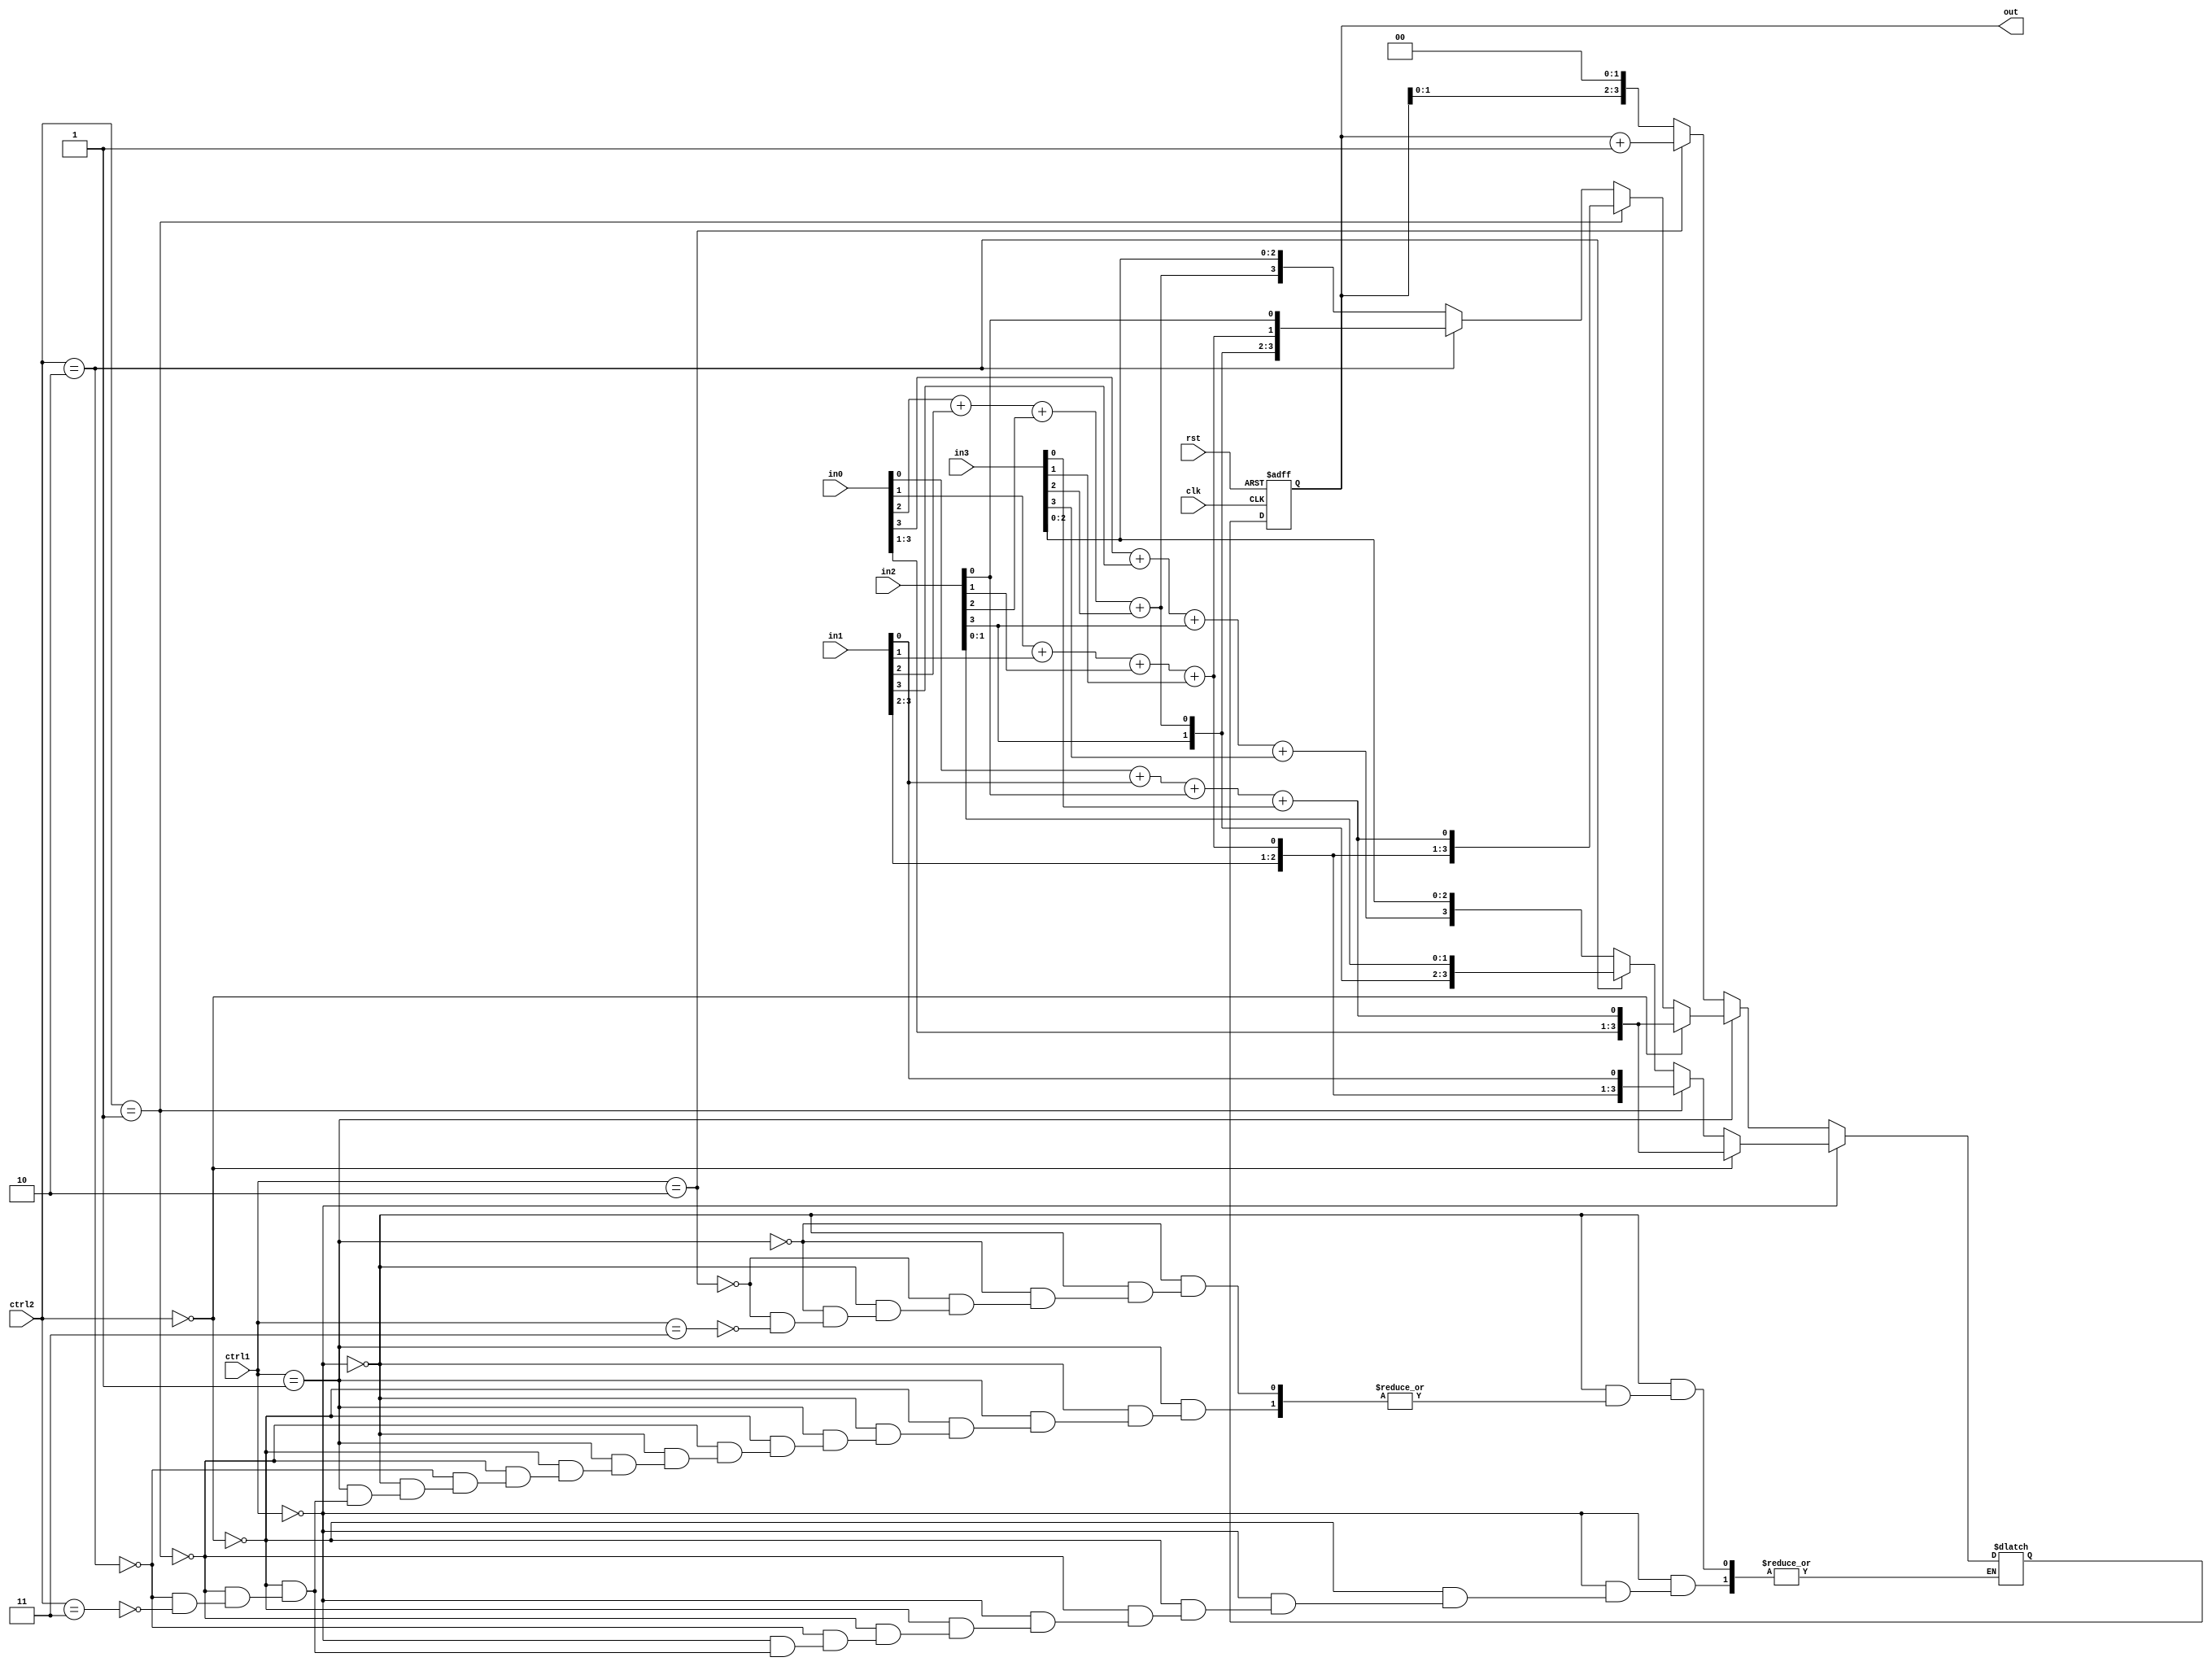
module imaginative_guy_are_you(clk, rst, in0, in1, in2, in3, ctrl1, ctrl2, out);

input clk, rst;
input [3:0] in0;
input [3:0] in1;
input [3:0] in2;
input [3:0] in3;
input [1:0] ctrl2;
input [1:0] ctrl1;
output reg [3:0] out;

reg [3:0] helper;

reg lucky;
reg more;

always @(posedge clk, negedge rst) 
	if(!rst)
		out<=4'b0000;
	else
		out<=helper;

always @(in0, in1, in2, in3, ctrl1, ctrl2, out) begin
if(ctrl1 == 2'b00) begin
	if(ctrl2 == 2'b00) begin
		lucky = in0[0] + in1[0] + in2[0] + in3[0];
		helper = {in0[3:1], lucky};
	end
	else if(ctrl2 == 2'b01) begin
		lucky = in0[1] + in1[1] + in2[1] + in3[1];
		helper = {in1[3:2], lucky, in1[0]};
	end
	else if(ctrl2 == 2'b10) begin
		lucky = in0[2] + in1[2] + in2[2] + in3[2];
		helper = {in2[3], lucky, in2[1:0]};
	end
	else if(ctrl2 == 2'b11) begin
		lucky = in0[3] + in1[3] + in2[3] + in3[3];
		helper = {lucky, in3[2:0]};
	end
end
else if(ctrl1 == 2'b01) begin
	if(ctrl2 == 2'b00) begin
		lucky = in0[0] + in1[0] + in2[0] + in3[0];
		helper = {in0[3:1], lucky};
	end
	else if(ctrl2 == 2'b01) begin
		more = in0[0] + in1[0] + in2[0] + in3[0];
		lucky = in0[1] + in1[1] + in2[1] + in3[1];
		helper = {in1[3:2], lucky, more};
	end
	else if(ctrl2 == 2'b10) begin
		more = in0[1] + in1[1] + in2[1] + in3[1];
		lucky = in0[2] + in1[2] + in2[2] + in3[2];
		helper = {in2[3], lucky, more, in2[0]};
	end
	else if(ctrl2 == 2'b11) begin
		more = in0[2] + in1[2] + in2[2] + in3[2];
		lucky = in0[3] + in1[3] + in2[3] + in3[3];
		helper = {lucky, more, in3[2:0]};
	end
end
else if(ctrl1 == 2'b10) begin
	helper = out + {{3{1'b0}},1'b1};
end
else if(ctrl1 == 2'b11) begin
	helper = out << 2;
end
end
endmodule